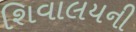
શિવાલયની